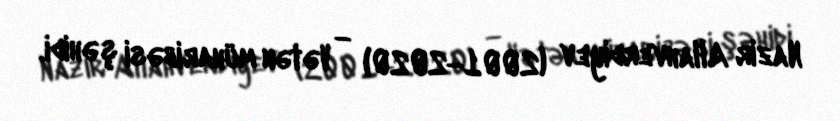
Nazir Allahverdiyev (2001—2020) — Vətən müharibəsi şəhidi.